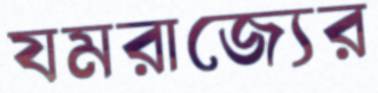
যমরাজ্যের